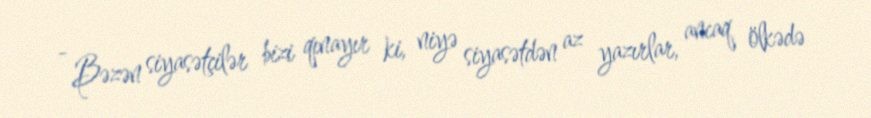
- Bəzən siyasətçilər bizi qınayır ki, niyə siyasətdən az yazırlar, ancaq ölkədə